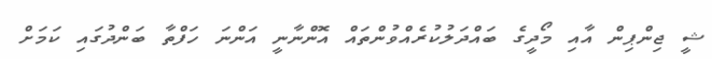
ޝީ ޖިންޕިން އާއި މޯދީގެ ބައްދަލުކުރެއްވުންތައް އޮންނާނީ އަންނަ ހަފްތާ ބަންދުގައި ކަމަށް